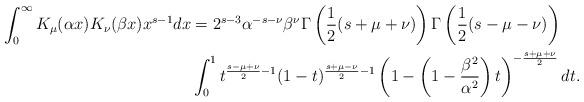
\begin{align*} \int_0^\infty K_\mu(\alpha x)K_\nu(\beta x) x^{s-1}dx &= 2^{s-3}\alpha^{-s-\nu}\beta^\nu \Gamma\left(\frac{1}{2}(s+\mu+\nu) \right)\Gamma\left(\frac{1}{2}(s-\mu-\nu)\right)\\&\int_0^1 t^{\frac{s-\mu+\nu}{2}-1}(1-t)^{\frac{s+\mu-\nu}{2}-1}\left(1 - \left(1-\frac{\beta^2}{\alpha^2}\right)t\right)^{-\frac{s+\mu+\nu}{2}}dt.\end{align*}